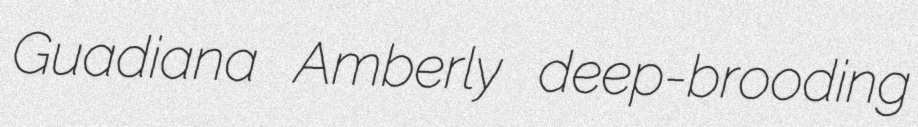
Guadiana Amberly deep-brooding